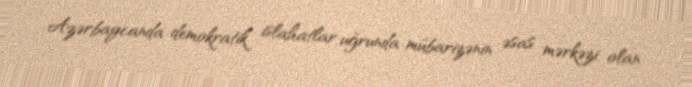
Azərbaycanda demokratik islahatlar uğrunda mübarizənin əsas mərkəzi olan